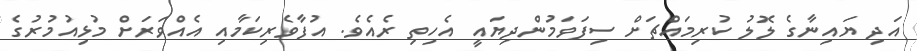
އަދި ޔައިނާގެ ލޮލު ކުރިމައްޗަށް ސިފަވަމުންދިޔައީ އެހިތި ރެއެވެ. އުފާވެރިކަމާއި އެއްވަރަށް މުޅިއުމުރުގެ